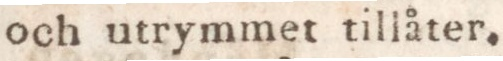
och utrymmet tillåter.